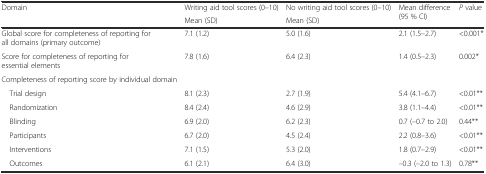
| <ROWSPAN=2> Domain | Writing aid tool scores (0–10) | No writing aid tool scores (0–10) | <ROWSPAN=2> Mean difference (95 % CI) | <ROWSPAN=2> P value |
 | Mean (SD) | Mean (SD) |
 | --- | --- | --- | --- | --- |
 | Global score for completeness of reporting for all domains (primary outcome) | 7.1 (1.2) | 5.0 (1.6) | 2.1 (1.5–2.7) | <0.001* |
 | Score for completeness of reporting for essential elements | 7.8 (1.6) | 6.4 (2.3) | 1.4 (0.5–2.3) | 0.002* |
 | Completeness of reporting score by individual domain |  |  |  |  |
 | Trial design | 8.1 (2.3) | 2.7 (1.9) | 5.4 (4.1–6.7) | <0.01** |
 | Randomization | 8.4 (2.4) | 4.6 (2.9) | 3.8 (1.1–4.4) | <0.01** |
 | Blinding | 6.9 (2.0) | 6.2 (2.3) | 0.7 (–0.7 to 2.0) | 0.44** |
 | Participants | 6.7 (2.0) | 4.5 (2.4) | 2.2 (0.8–3.6) | <0.01** |
 | Interventions | 7.1 (1.5) | 5.3 (2.0) | 1.8 (0.7–2.9) | <0.01** |
 | Outcomes | 6.1 (2.1) | 6.4 (3.0) | –0.3 (–2.0 to 1.3) | 0.78** |